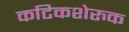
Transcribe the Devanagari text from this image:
कटिकशेरुक